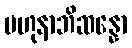
ဗဟုနာဘိဆန္နော